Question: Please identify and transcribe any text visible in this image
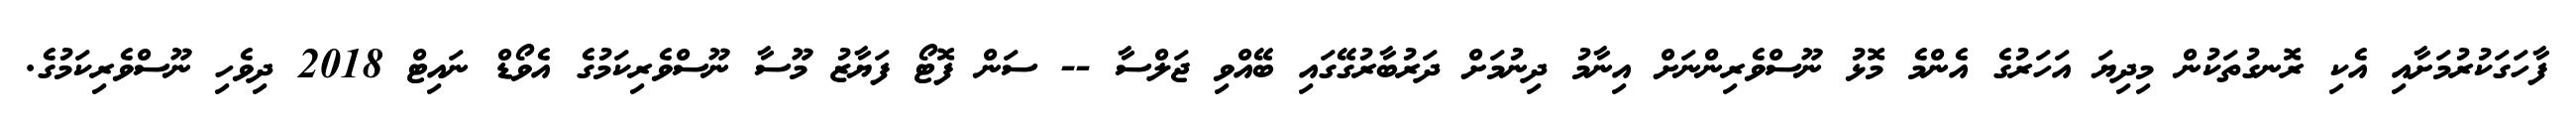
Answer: ފާހަގަކުރުމަށާއި އެކި ރޮނގުތަކުން މިދިޔަ އަހަރުގެ އެންމެ މޮޅު ނޫސްވެރިންނަށް އިނާމު ދިނުމަށް ދަރުބާރުގޭގައި ބޭއްވި ޖަލްސާ -- ސަން ފޮޓޯ ފަޔާޒު މޫސާ ނޫސްވެރިކަމުގެ އެވޯޑް ނައިޓް 2018 ދިވެހި ނޫސްވެރިކަމުގެ.